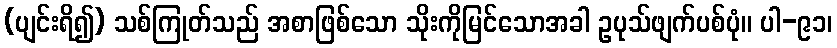
(ပျင်းရိ၍) သစ်ကြုတ်သည် အစာဖြစ်သော သိုးကိုမြင်သောအခါ ဥပုသ်ဖျက်ပစ်ပုံ။ ပါ-၉၁၊